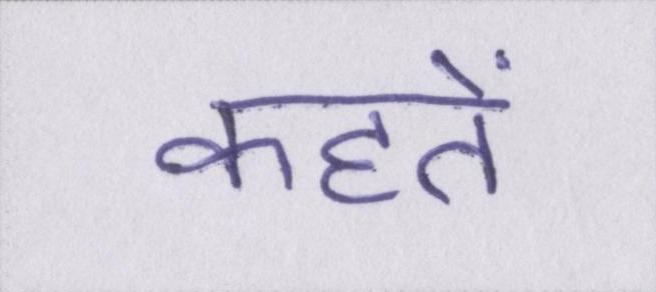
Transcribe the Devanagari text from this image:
कहतें